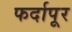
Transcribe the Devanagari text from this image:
फर्दापूर